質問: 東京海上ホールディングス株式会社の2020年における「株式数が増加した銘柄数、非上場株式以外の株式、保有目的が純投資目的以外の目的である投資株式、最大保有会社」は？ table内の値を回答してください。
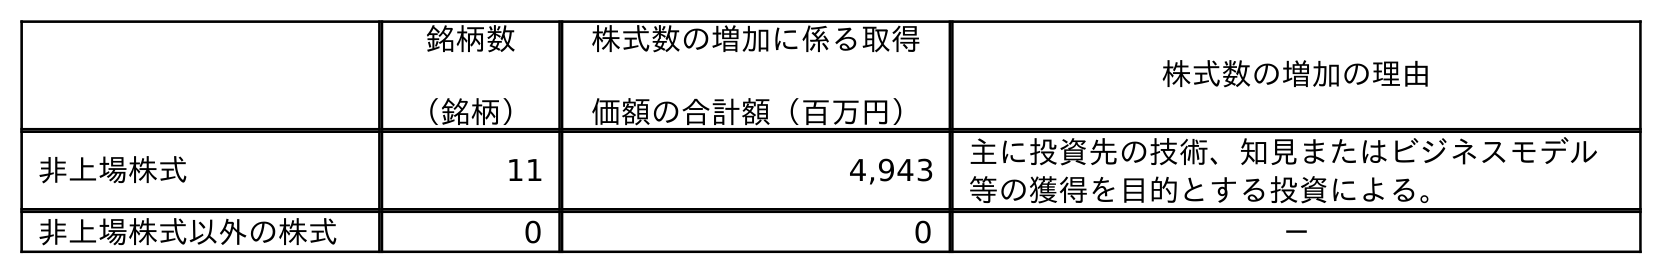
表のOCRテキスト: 銘柄数 （銘柄） 株式数の増加に係る取得 価額の合計額（百万円） 株式数の増加の理由 非上場株式 11 4,943 主に投資先の技術、知見またはビジネスモデル 等の獲得を目的とする投資による。 非上場株式以外の株式 0 0 －
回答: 0